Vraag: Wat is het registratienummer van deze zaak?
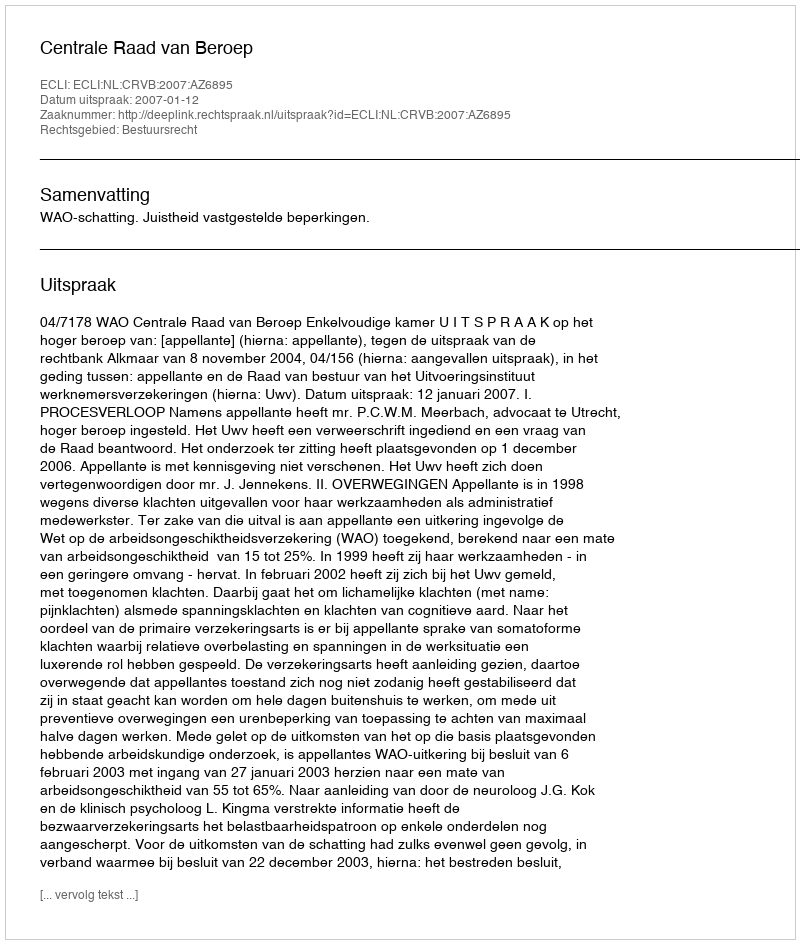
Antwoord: http://deeplink.rechtspraak.nl/uitspraak?id=ECLI:NL:CRVB:2007:AZ6895